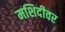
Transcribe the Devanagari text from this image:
मशिदीवर